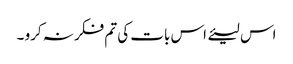
اس لیئے اس بات کی تم فکر نہ کرو ۔